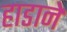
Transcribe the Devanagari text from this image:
हाडाने